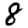
Digit: 8